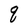
Character: q